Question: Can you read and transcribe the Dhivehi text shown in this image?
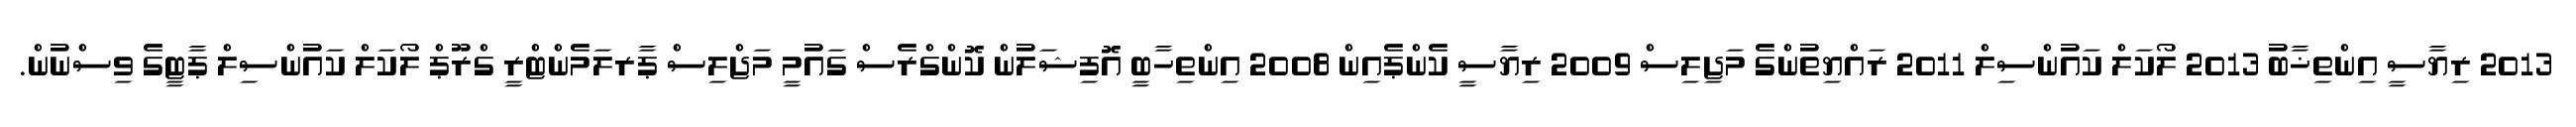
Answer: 2013 ރިޔާސީ އިންތިޚާބު 2013 ލޯކަލް ކައުންސިލް 2011 ރައްޔިތުންގެ މަޖިލިސް 2009 ރިޔާސީ ކެންޕެއިން 2008 އިންތިހާބީ އޮފިޝަލުން ކޮންގްރެސް ގައުމީ މަޖްލިސް ޕާރލަމެންޓްރީ ގްރޫޕް ލޯކަލް ކައުންސިލް ޕާޓީގެ ވިސްނުން.